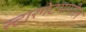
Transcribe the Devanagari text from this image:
स्टारगेटमागील